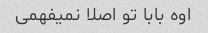
اوه بابا تو اصلا نمیفهمی